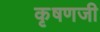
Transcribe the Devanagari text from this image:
कृषणजी